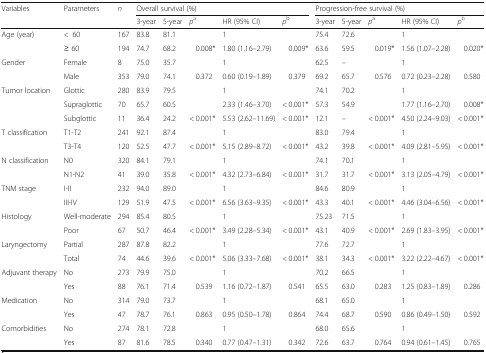
<table><thead><tr><td rowspan="2"><b>Variables</b></td><td rowspan="2"><b>Parameters</b></td><td rowspan="2"><b><i>n</i></b></td><td colspan="5"><b>Overall survival (%)</b></td><td colspan="5"><b>Progression-free survival (%)</b></td></tr><tr><td><b>3-year</b></td><td><b>5-year</b></td><td><b><i>p</i><sup>a</sup></b></td><td><b>HR (95% CI)</b></td><td><b><i>p</i><sup>b</sup></b></td><td><b>3-year</b></td><td><b>5-year</b></td><td><b><i>p</i><sup>a</sup></b></td><td><b>HR (95% CI)</b></td><td><b><i>p</i><sup>b</sup></b></td></tr></thead><tbody><tr><td rowspan="2">Age (year)</td><td>&lt;60</td><td>167</td><td>83.8</td><td>81.1</td><td></td><td>1</td><td></td><td>75.4</td><td>72.6</td><td></td><td>1</td><td></td></tr><tr><td>≥ 60</td><td>194</td><td>74.7</td><td>68.2</td><td>0.008*</td><td>1.80 (1.16–2.79)</td><td>0.009*</td><td>63.6</td><td>59.5</td><td>0.019*</td><td>1.56 (1.07–2.28)</td><td>0.020*</td></tr><tr><td rowspan="2">Gender</td><td>Female</td><td>8</td><td>75.0</td><td>35.7</td><td></td><td>1</td><td></td><td>62.5</td><td>–</td><td></td><td>1</td><td></td></tr><tr><td>Male</td><td>353</td><td>79.0</td><td>74.1</td><td>0.372</td><td>0.60 (0.19–1.89)</td><td>0.379</td><td>69.2</td><td>65.7</td><td>0.576</td><td>0.72 (0.23–2.28)</td><td>0.580</td></tr><tr><td rowspan="3">Tumor location</td><td>Glottic</td><td>280</td><td>83.9</td><td>79.5</td><td></td><td>1</td><td></td><td>74.1</td><td>70.2</td><td></td><td>1</td><td></td></tr><tr><td>Supraglottic</td><td>70</td><td>65.7</td><td>60.5</td><td></td><td>2.33 (1.46–3.70)</td><td>&lt; 0.001*</td><td>57.3</td><td>54.9</td><td></td><td>1.77 (1.16–2.70)</td><td>0.008*</td></tr><tr><td>Subglottic</td><td>11</td><td>36.4</td><td>24.2</td><td>&lt; 0.001*</td><td>5.53 (2.62–11.69)</td><td>&lt; 0.001*</td><td>12.1</td><td>–</td><td>&lt; 0.001*</td><td>4.50 (2.24–9.03)</td><td>&lt; 0.001*</td></tr><tr><td rowspan="2">T classification</td><td>T1-T2</td><td>241</td><td>92.1</td><td>87.4</td><td></td><td>1</td><td></td><td>83.0</td><td>79.4</td><td></td><td>1</td><td></td></tr><tr><td>T3-T4</td><td>120</td><td>52.5</td><td>47.7</td><td>&lt; 0.001*</td><td>5.15 (2.89–8.72)</td><td>&lt; 0.001*</td><td>43.2</td><td>39.8</td><td>&lt; 0.001*</td><td>4.09 (2.81–5.95)</td><td>&lt; 0.001*</td></tr><tr><td rowspan="2">N classification</td><td>N0</td><td>320</td><td>84.1</td><td>79.1</td><td></td><td>1</td><td></td><td>74.1</td><td>70.1</td><td></td><td>1</td><td></td></tr><tr><td>N1-N2</td><td>41</td><td>39.0</td><td>35.8</td><td>&lt; 0.001*</td><td>4.32 (2.73–6.84)</td><td>&lt; 0.001*</td><td>31.7</td><td>31.7</td><td>&lt; 0.001*</td><td>3.13 (2.05–4.79)</td><td>&lt; 0.001*</td></tr><tr><td rowspan="2">TNM stage</td><td>I-II</td><td>232</td><td>94.0</td><td>89.0</td><td></td><td>1</td><td></td><td>84.6</td><td>80.9</td><td></td><td>1</td><td></td></tr><tr><td>III-IV</td><td>129</td><td>51.9</td><td>47.5</td><td>&lt; 0.001*</td><td>6.56 (3.63–9.35)</td><td>&lt; 0.001*</td><td>43.3</td><td>40.1</td><td>&lt; 0.001*</td><td>4.46 (3.04–6.56)</td><td>&lt; 0.001*</td></tr><tr><td rowspan="2">Histology</td><td>Well-moderate</td><td>294</td><td>85.4</td><td>80.5</td><td></td><td>1</td><td></td><td>75.23</td><td>71.5</td><td></td><td>1</td><td></td></tr><tr><td>Poor</td><td>67</td><td>50.7</td><td>46.4</td><td>&lt; 0.001*</td><td>3.49 (2.28–5.34)</td><td>&lt; 0.001*</td><td>43.1</td><td>40.9</td><td>&lt; 0.001*</td><td>2.69 (1.83–3.95)</td><td>&lt; 0.001*</td></tr><tr><td rowspan="2">Laryngectomy</td><td>Partial</td><td>287</td><td>87.8</td><td>82.2</td><td></td><td>1</td><td></td><td>77.6</td><td>72.7</td><td></td><td>1</td><td></td></tr><tr><td>Total</td><td>74</td><td>44.6</td><td>39.6</td><td>&lt; 0.001*</td><td>5.06 (3.33–7.68)</td><td>&lt; 0.001*</td><td>38.1</td><td>34.3</td><td>&lt; 0.001*</td><td>3.22 (2.22–4.67)</td><td>&lt; 0.001*</td></tr><tr><td rowspan="2">Adjuvant therapy</td><td>No</td><td>273</td><td>79.9</td><td>75.0</td><td></td><td>1</td><td></td><td>70.2</td><td>66.5</td><td></td><td>1</td><td></td></tr><tr><td>Yes</td><td>88</td><td>76.1</td><td>71.4</td><td>0.539</td><td>1.16 (0.72–1.87)</td><td>0.541</td><td>65.5</td><td>63.0</td><td>0.283</td><td>1.25 (0.83–1.89)</td><td>0.286</td></tr><tr><td rowspan="2">Medication</td><td>No</td><td>314</td><td>79.0</td><td>73.7</td><td></td><td>1</td><td></td><td>68.1</td><td>65.0</td><td></td><td>1</td><td></td></tr><tr><td>Yes</td><td>47</td><td>78.7</td><td>76.1</td><td>0.863</td><td>0.95 (0.50–1.78)</td><td>0.864</td><td>74.4</td><td>68.7</td><td>0.590</td><td>0.86 (0.49–1.50)</td><td>0.592</td></tr><tr><td rowspan="2">Comorbidities</td><td>No</td><td>274</td><td>78.1</td><td>72.8</td><td></td><td>1</td><td></td><td>68.0</td><td>65.6</td><td></td><td>1</td><td></td></tr><tr><td>Yes</td><td>87</td><td>81.6</td><td>78.5</td><td>0.340</td><td>0.77 (0.47–1.31)</td><td>0.342</td><td>72.6</td><td>63.7</td><td>0.764</td><td>0.94 (0.61–1.45)</td><td>0.765</td></tr></tbody></table>